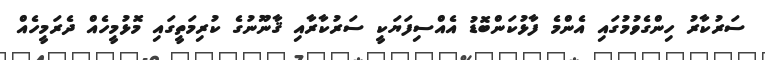
ސަރުކާރު ހިންގެވުމުގައި އެންމެ ފާޅުކަންބޮޑު އެއްސިފަޔަކީ ސަރުކާރާއި ޤާނޫނުގެ ކުރިމަތީގައި މޮޅުމީހެއް ދެރަމީހެއް